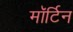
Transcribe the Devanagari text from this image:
मॉर्टिन